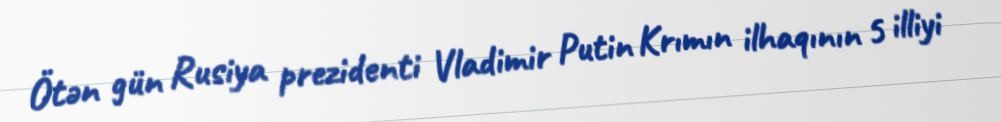
Ötən gün Rusiya prezidenti Vladimir Putin Krımın ilhaqının 5 illiyi